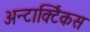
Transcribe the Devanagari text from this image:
अन्टार्क्टिकस